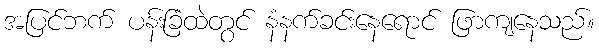
အပြင်ဘက် ပန်းခြံထဲတွင် နံနက်ခင်းနေရောင် ဖြာကျနေသည်။